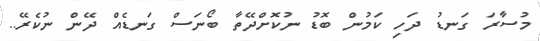
މުސާރަ ގަނޑު ދަހި ކަމުން ބޮޑު ނުކޮށްދޭތާ ބޯނަސް ގަނޑެއް ދޭން ނުކެރޭ..